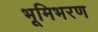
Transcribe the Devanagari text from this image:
भूमिभरण